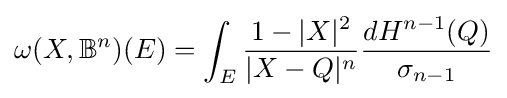
\omega (X,\mathbb {B} ^{n})(E)=\int _{E}{\frac {1-|X|^{2}}{|X-Q|^{n}}}{\frac {dH^{n-1}(Q)}{\sigma _{n-1}}}